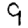
Digit: 9